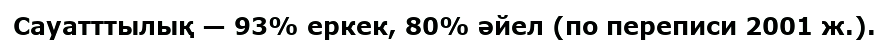
Сауатттылық — 93% еркек, 80% әйел (по переписи 2001 ж.).